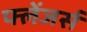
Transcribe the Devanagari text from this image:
फ्लेंजर्स